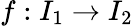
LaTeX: f:I_{1}\to I_{2}